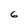
Character: 6